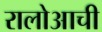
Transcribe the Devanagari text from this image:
रालोआची